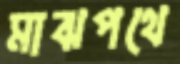
মাঝপথে